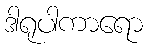
ဒါရုပါကာရော